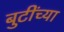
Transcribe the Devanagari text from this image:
बुटींच्या